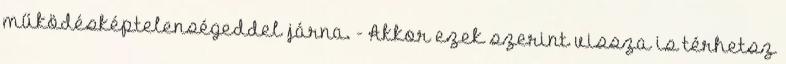
működésképtelenségeddel járna. - Akkor ezek szerint vissza is térhetsz